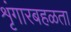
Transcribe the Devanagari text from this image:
शृंगारबहळता